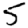
Digit: 5